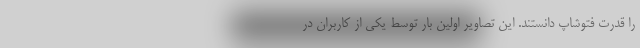
را قدرت فتوشاپ دانستند. این تصاویر اولین بار توسط یکی از کاربران در